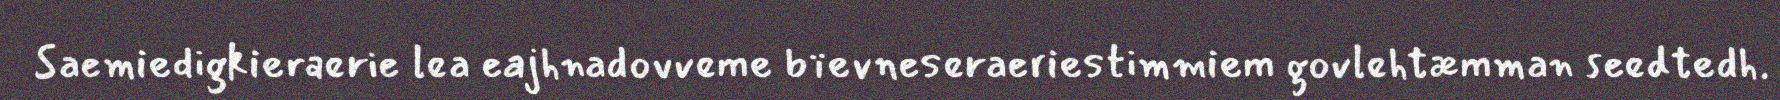
Saemiedigkieraerie lea eajhnadovveme bïevneseraeriestimmiem govlehtæmman seedtedh.